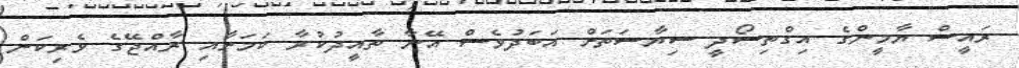
ރައީސް ޔާމީންގެ އިގްތިސޯދީ ސިޔާސަތަށް އަބަދުވެސް އޭނާ ތާއީދުކުރާ ކަމަށާއި ރާއްޖޭގެ ވެރިކަން